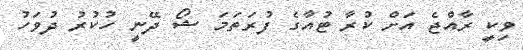
ވިކީ ރާއްޖެ އަށް ކުރާ ޓުއާގެ ފުރަތަމަ ޝޯ ދޭނީ ހުކުރު ދުވަހު